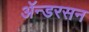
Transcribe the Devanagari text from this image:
ॲन्डरसन